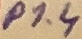
Text: P1.4